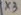
Text: X3